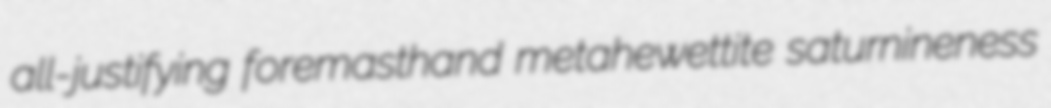
all-justifying foremasthand metahewettite saturnineness